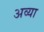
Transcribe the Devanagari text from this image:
अव्या